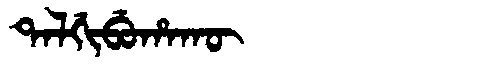
Manchu: ᡨᠠᠯᡤᡳᠪᡠᡥᠠᡴᡡ
Romanization: TALGIBUHAKŪ